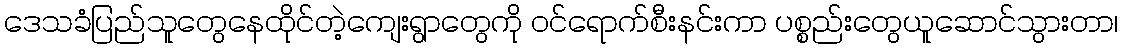
ဒေသခံပြည်သူတွေနေထိုင်တဲ့ကျေးရွာတွေကို ဝင်ရောက်စီးနင်းကာ ပစ္စည်းတွေယူဆောင်သွားတာ၊